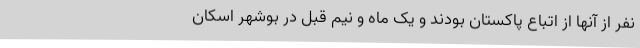
نفر از آنها از اتباع پاکستان بودند و یک ماه و نیم قبل در بوشهر اسکان